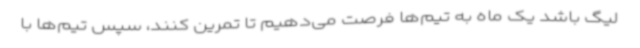
لیگ باشد یک ماه به تیم‌ها فرصت می‌دهیم تا تمرین کنند، سپس تیم‌ها با